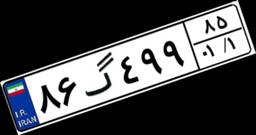
۸۶گ۴۹۹۸۵